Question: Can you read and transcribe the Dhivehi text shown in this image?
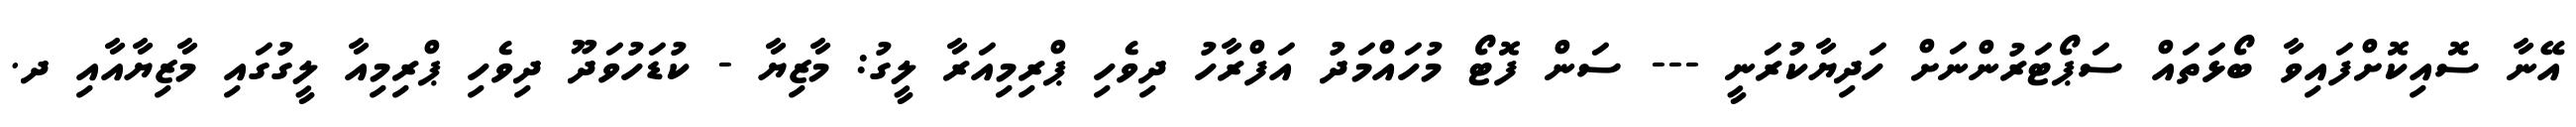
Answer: އޭނާ ސޮއިކޮށްފައިވާ ބޯޅަތައް ސަޕޯޓަރުންނަށް ހަދިޔާކުރަނީ --- ސަން ފޮޓޯ މުހައްމަދު އަފްރާހު ދިވެހި ޕްރިމިއަރާ ލީގު: މާޒިޔާ - ކުޑަހުވަދޫ ދިވެހި ޕްރިމިއާ ލީގުގައި މާޒިޔާއާއި ދ.